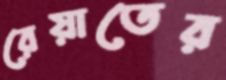
রেয়াতের